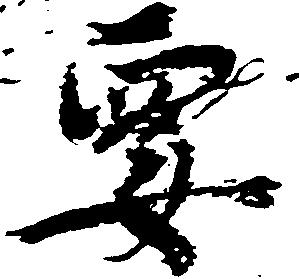
要